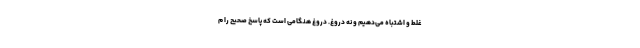
غلط و اشتباه می‌دهیم و نه دروغ. دروغ هنگامی است که پاسخ صحیح را م